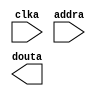
module ram_pcre_T1(
	clka,
	addra,
	douta);


input clka;
input [9 : 0] addra;
output [17 : 0] douta;

// synthesis translate_off

      BLK_MEM_GEN_V2_8 #(
		.C_ADDRA_WIDTH(10),
		.C_ADDRB_WIDTH(10),
		.C_ALGORITHM(1),
		.C_BYTE_SIZE(9),
		.C_COMMON_CLK(0),
		.C_DEFAULT_DATA("0"),
		.C_DISABLE_WARN_BHV_COLL(0),
		.C_DISABLE_WARN_BHV_RANGE(0),
		.C_FAMILY("virtex2p"),
		.C_HAS_ENA(0),
		.C_HAS_ENB(0),
		.C_HAS_MEM_OUTPUT_REGS_A(0),
		.C_HAS_MEM_OUTPUT_REGS_B(0),
		.C_HAS_MUX_OUTPUT_REGS_A(0),
		.C_HAS_MUX_OUTPUT_REGS_B(0),
		.C_HAS_REGCEA(0),
		.C_HAS_REGCEB(0),
		.C_HAS_SSRA(0),
		.C_HAS_SSRB(0),
		.C_INIT_FILE_NAME("ram_pcre_T1.mif"),
		.C_LOAD_INIT_FILE(1),
		.C_MEM_TYPE(3),
		.C_MUX_PIPELINE_STAGES(0),
		.C_PRIM_TYPE(1),
		.C_READ_DEPTH_A(1024),
		.C_READ_DEPTH_B(1024),
		.C_READ_WIDTH_A(18),
		.C_READ_WIDTH_B(18),
		.C_SIM_COLLISION_CHECK("ALL"),
		.C_SINITA_VAL("0"),
		.C_SINITB_VAL("0"),
		.C_USE_BYTE_WEA(0),
		.C_USE_BYTE_WEB(0),
		.C_USE_DEFAULT_DATA(0),
		.C_USE_ECC(0),
		.C_USE_RAMB16BWER_RST_BHV(0),
		.C_WEA_WIDTH(1),
		.C_WEB_WIDTH(1),
		.C_WRITE_DEPTH_A(1024),
		.C_WRITE_DEPTH_B(1024),
		.C_WRITE_MODE_A("WRITE_FIRST"),
		.C_WRITE_MODE_B("WRITE_FIRST"),
		.C_WRITE_WIDTH_A(18),
		.C_WRITE_WIDTH_B(18),
		.C_XDEVICEFAMILY("virtex2p"))
	inst (
		.CLKA(clka),
		.ADDRA(addra),
		.DOUTA(douta),
		.DINA(),
		.ENA(),
		.REGCEA(),
		.WEA(),
		.SSRA(),
		.CLKB(),
		.DINB(),
		.ADDRB(),
		.ENB(),
		.REGCEB(),
		.WEB(),
		.SSRB(),
		.DOUTB(),
		.DBITERR(),
		.SBITERR());


// synthesis translate_on

// XST black box declaration
// box_type "black_box"
// synthesis attribute box_type of ram_pcre_T1 is "black_box"

endmodule